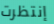
إنتظرت